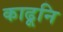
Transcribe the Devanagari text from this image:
काढूनि